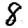
Digit: 8